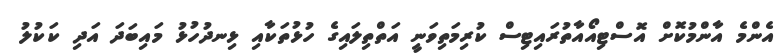
އެންމެ އާންމުކޮށް އޮސްޓިއޯއާތުރައިޓިސް ކުރިމަތިވަނީ އަތްތިލައިގެ ހުޅުތަކާއި ޅިނދުހުޅު މައިބަދަ އަދި ކަކުލު